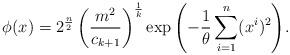
LaTeX: \begin{align*}\phi (x) = 2^{\frac{n}{2}} \left( \frac{m^2}{c_{k+1}} \right)^{\frac{1}{k}}\exp{\left( -\frac{1}{\theta} \sum_{i=1}^n (x^i)^2\right)}.\end{align*}